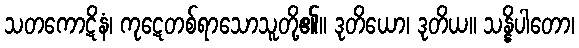
သတကောဋိနံ၊ ကုဋေတစ်ရာသောသူတို့၏။ ဒုတိယော၊ ဒုတိယ။ သန္နိပါတော၊